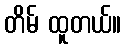
တိမ် ထူတယ်။